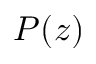
P ( z )